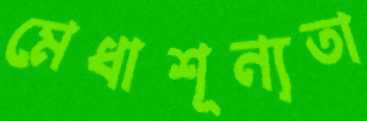
মেধাশূন্যতা